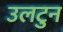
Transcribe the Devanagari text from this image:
उलटुन